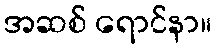
အဆစ် ရောင်နာ။